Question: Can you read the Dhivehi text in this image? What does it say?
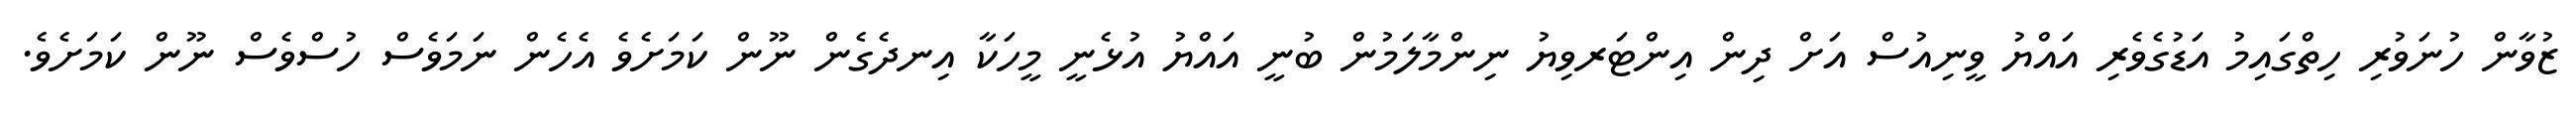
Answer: ޒުވާން ހުނަވުރި ހިތްގައިމު އަޑުގެވެރި އައްޔު ވީނިއުސް އަށް ދިން އިންޓަރވިޔު ނިންމާލަމުން ބުނީ އައްޔު އުޅެނީ މީހަކާ އިނދެގެން ނޫން ކަމަށެވެ އެހެން ނަމަވެސް ހުސްވެސް ނޫން ކަމަށެވެ.